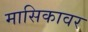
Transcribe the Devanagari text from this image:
मासिकावर